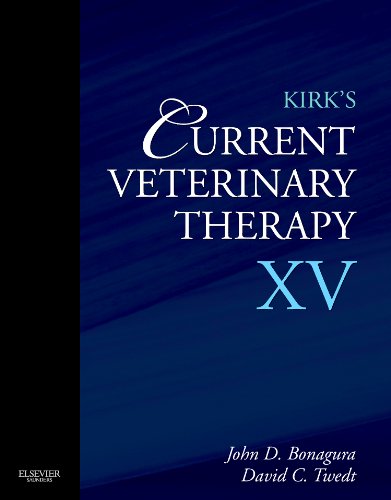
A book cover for Kirk's Current Veterinary Therapy XV, 1e; John D. Bonagura DVM  MS  Dipl ACVIM; Medical Books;